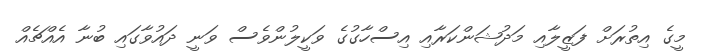
މީގެ އިތުރަށް ފަޒީލާއި މަދުޝަންކަރާއި އިސްހާގުގެ ވަކީލުންވެސް ވަނީ ދައުވާގައި ބުނާ އެއްޗެއް